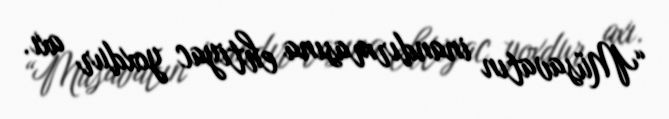
“Müsavatın inandırmasına ehtiyac yoxdur axı.